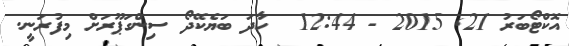
އޮކްޓޯބަރު 21